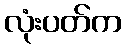
လုံးပတ်က